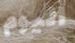
اليوم